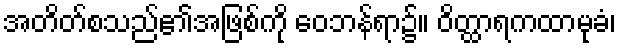
အတိတ်စသည်၏အဖြစ်ကို ဝေဘန်ရာ၌။ ဝိတ္ထာရကထာမုခံ၊